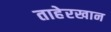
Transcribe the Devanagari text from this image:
ताहेरखान